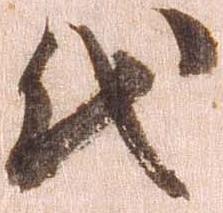
代